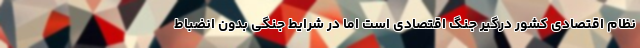
نظام اقتصادی کشور درگیر جنگ اقتصادی است اما در شرایط جنگی بدون انضباط